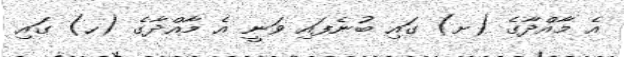
އެ މާއްދާގެ (ށ) ގައި ބުނެފައި ވަނީ އެ މާއްދާގެ (ހ) ގައި